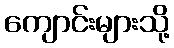
ကျောင်းများသို့